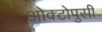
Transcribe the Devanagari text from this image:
ओक्टोपुसी